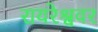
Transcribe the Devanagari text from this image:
रायरेश्ववर